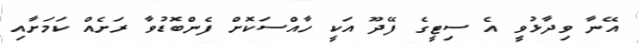
އޭނާ ވިދާޅުވީ އެ ސިޓީގެ ފޭދޫ އަކީ ހާއްސަކޮށް ފެންބޮޑުވާ ރަށެއް ކަމަށާއި